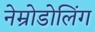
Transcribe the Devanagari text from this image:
नेम्रोडोलिंग